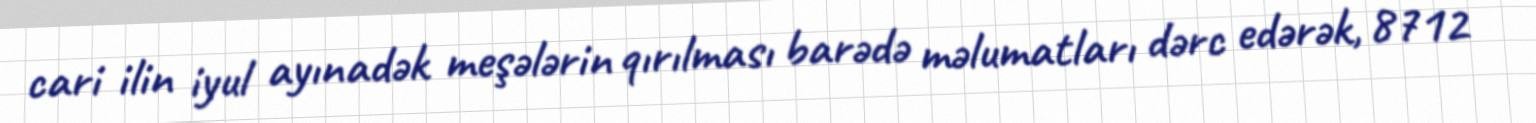
cari ilin iyul ayınadək meşələrin qırılması barədə məlumatları dərc edərək, 8712